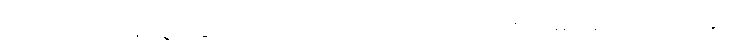
ကောက်တကျစ်သွားခြင်းသည်။ ဟောတိ ယထာ၊ ကဲ့သို့။ ဧဝမေဝံ ဧဝံ တထာ၊ တူ။